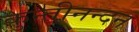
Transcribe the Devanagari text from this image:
कुन्तीनन्दन